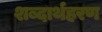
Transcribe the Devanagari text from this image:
शब्दार्थहरण